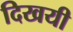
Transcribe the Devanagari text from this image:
दिखयी